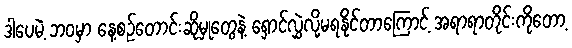
ဒါပေမဲ့ ဘဝမှာ နေ့စဉ်တောင်းဆိုမှုတွေနဲ့ ရှောင်လွှဲလို့မရနိုင်တာကြောင့် အရာရာတိုင်းကိုတော့